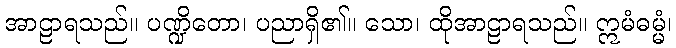
အာဠာရသည်။ ပဏ္ဍိတော၊ ပညာရှိ၏။ သော၊ ထိုအာဠာရသည်။ ဣမံဓမ္မံ၊